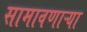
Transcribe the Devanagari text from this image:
सामावणाऱ्या